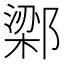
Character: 𬪔